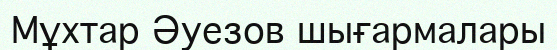
Мұхтар Әуезов шығармалары